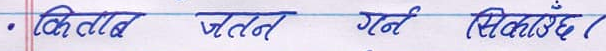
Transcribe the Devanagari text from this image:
किताब जतन गर्न सिकाऊँछ।